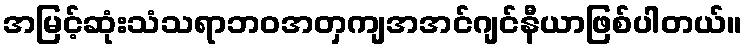
အမြင့်ဆုံးသံသရာဘဝအတှကျအအင်ဂျင်နီယာဖြစ်ပါတယ်။